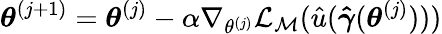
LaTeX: \boldsymbol{\theta}^{(j+1)}=\boldsymbol{\theta}^{(j)}-\alpha\nabla_{\theta^{(j)}}\mathcal{L}_{\mathcal{M}}(\hat{u}(\boldsymbol{\hat{\gamma}}(\boldsymbol{\theta}^{(j)})))